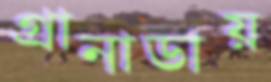
গ্রানাডায়